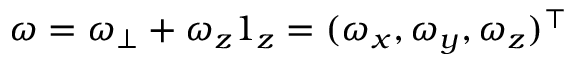
\boldsymbol { \omega } = \boldsymbol { \omega } _ { \perp } + \omega _ { z } \boldsymbol { 1 } _ { z } = ( \omega _ { x } , \omega _ { y } , \omega _ { z } ) ^ { \top }